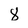
Character: 8